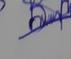
Signature authenticity: genuine